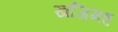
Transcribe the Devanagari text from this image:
खजिमह